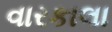
વારકાલા